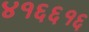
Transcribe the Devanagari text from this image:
४१६६१६